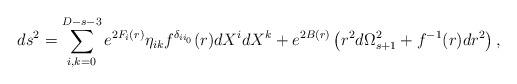
LaTeX: \begin{align*} ds^2=\sum_{i,k=0}^{D-s-3}e^{2F_{i}(r)} \eta_{ik}f^{\delta_{ii_0}}(r)dX^i dX^k +e^{2B(r)} \left( r^2 d\Omega^2_{s+1}+f^{-1}(r)dr^2 \right),\end{align*}